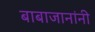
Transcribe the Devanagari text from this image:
बाबाजानांनी